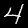
Label: 4